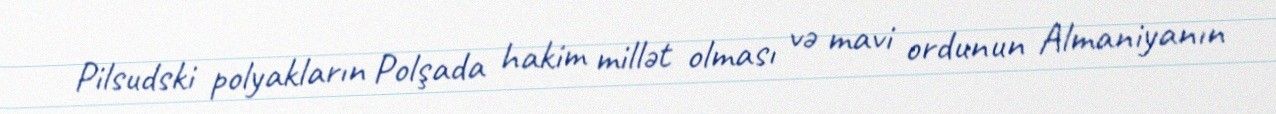
Pilsudski polyakların Polşada hakim millət olması və mavi ordunun Almaniyanın